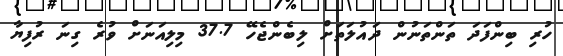
ހުރި ބިންފަދަ ތަންތަނުން ދައުލަތަށް ލިބެންޖެހޭ 37.7 މިލިއަނަށް ވުރެ ގިނަ ރުފިޔާ